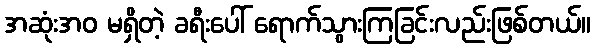
အဆုံးအဝ မရှိတဲ့ ခရီးပေါ် ရောက်သွားကြခြင်းလည်းဖြစ်တယ်။